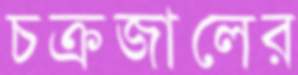
চক্রজালের